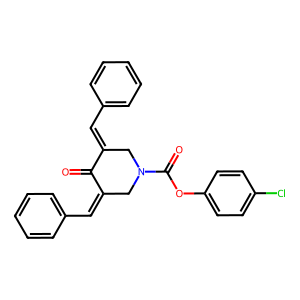
SMILES: O=C1C(=Cc2ccccc2)CN(C(=O)Oc2ccc(Cl)cc2)CC1=Cc1ccccc1
Inhibits HIV replication: No